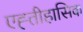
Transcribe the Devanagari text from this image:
एह्तीहासिक